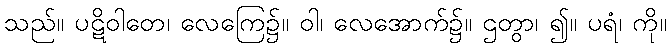
သည်။ ပဋိဝါတေ၊ လေကြေ၌။ ဝါ၊ လေအောက်၌။ ဌတွာ၊ ၍။ ပရံ၊ ကို။